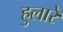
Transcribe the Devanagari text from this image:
हुलारे